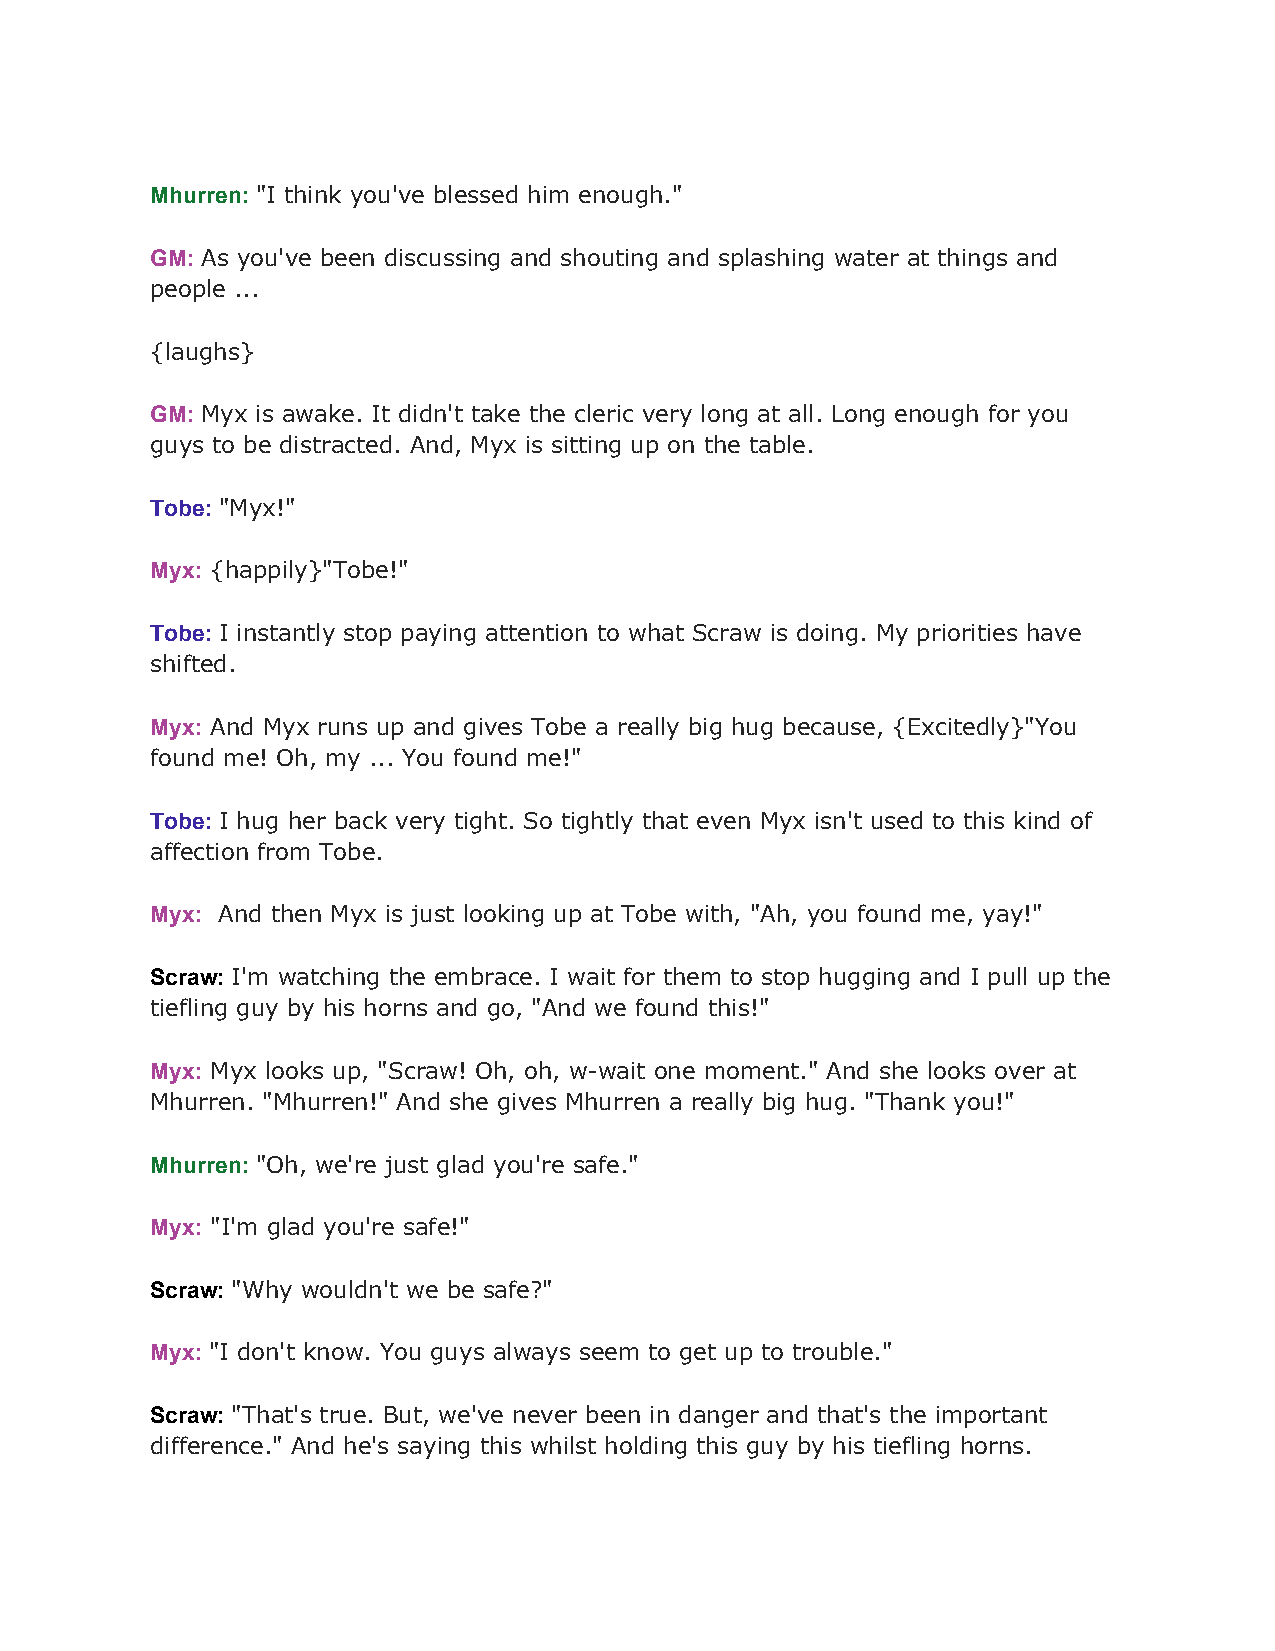
Mhurren: "I think you've blessed him enough."
 ​
 GM: As you've been discussing and shouting and splashing water at things and
 ​
 people ...
 {laughs}
 GM: Myx is awake. It didn't take the cleric very long at all. Long enough for you
 ​
 guys to be distracted. And, Myx is sitting up on the table.
 Tobe: "Myx!"
 ​
 Myx: {happily}"Tobe!"
 ​
 Tobe: I instantly stop paying attention to what Scraw is doing. My priorities have
 ​
 shifted.
 Myx: And Myx runs up and gives Tobe a really big hug because, {Excitedly}"You
 ​
 found me! Oh, my ... You found me!"
 Tobe: I hug her back very tight. So tightly that even Myx isn't used to this kind of
 ​
 affection from Tobe.
 Myx: And then Myx is just looking up at Tobe with, "Ah, you found me, yay!"
 ​
 Scraw: I'm watching the embrace. I wait for them to stop hugging and I pull up the
 ​
 tiefling guy by his horns and go, "And we found this!"
 Myx: Myx looks up, "Scraw! Oh, oh, w-wait one moment." And she looks over at
 ​
 Mhurren. "Mhurren!" And she gives Mhurren a really big hug. "Thank you!"
 Mhurren: "Oh, we're just glad you're safe."
 ​
 Myx: "I'm glad you're safe!"
 ​ ​
 Scraw: "Why wouldn't we be safe?"
 ​
 Myx: "I don't know. You guys always seem to get up to trouble."
 ​
 Scraw: "That's true. But, we've never been in danger and that's the important
 ​
 difference." And he's saying this whilst holding this guy by his tiefling horns.